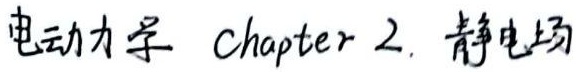
电动力学 Chapter 2. 静电场